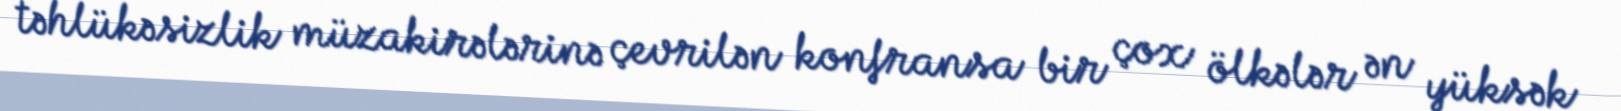
təhlükəsizlik müzakirələrinə çevrilən konfransa bir çox ölkələr ən yüksək